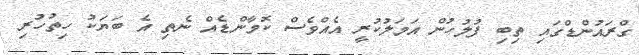
ގްރައުންޑްގައި ތިބި ފުލުހުން އަމަލުކުރީ އެއްވެސް ކޮމާންޑެއް ނެތި އެ ބަޔަކު ހިތުހުރި